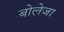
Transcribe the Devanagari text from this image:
बोलेजा